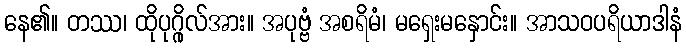
နေ၏။ တဿ၊ ထိုပုဂ္ဂိုလ်အား။ အပုဗ္ဗံ အစရိမံ၊ မရှေးမနှောင်း။ အာသဝပရိယာဒါနံ